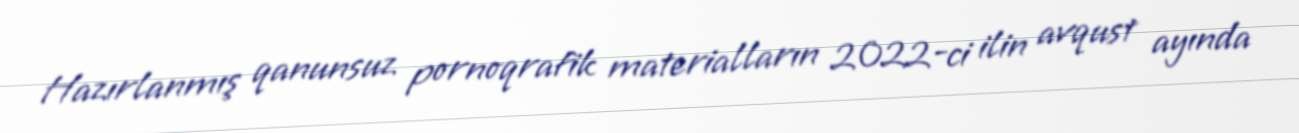
Hazırlanmış qanunsuz pornoqrafik materialların 2022-ci ilin avqust ayında